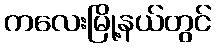
ကလေးမြို့နယ်တွင်